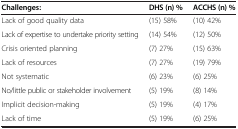
<table><thead><tr><td><b>Challenges:</b></td><td><b>DHS (n) %</b></td><td><b>ACCHS (n) %</b></td></tr></thead><tbody><tr><td>Lack of good quality data</td><td>(15) 58%</td><td>(10) 42%</td></tr><tr><td>Lack of expertise to undertake priority setting</td><td>(14) 54%</td><td>(12) 50%</td></tr><tr><td>Crisis oriented planning</td><td>(7) 27%</td><td>(15) 63%</td></tr><tr><td>Lack of resources</td><td>(7) 27%</td><td>(19) 79%</td></tr><tr><td>Not systematic</td><td>(6) 23%</td><td>(6) 25%</td></tr><tr><td>No/little public or stakeholder involvement</td><td>(5) 19%</td><td>(8) 14%</td></tr><tr><td>Implicit decision-making</td><td>(5) 19%</td><td>(4) 17%</td></tr><tr><td>Lack of time</td><td>(5) 19%</td><td>(6) 25%</td></tr></tbody></table>